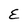
Character: E